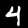
Label: 4